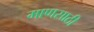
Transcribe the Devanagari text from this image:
माणसाठी